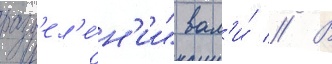
разд'ел'е́н'ии" вал'и́ // В